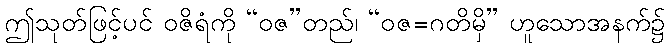
ဤသုတ်ဖြင့်ပင် ဝဇိရံကို “ဝဇ”တည်၊ “ဝဇ=ဂတိမှိ” ဟူသောအနက်၌